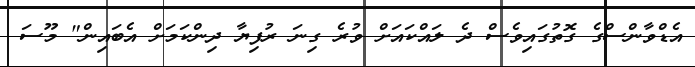
އެޑްވާންސްގެ ގޮތުގައިވެސް ދެ ލައްކައަށް ވުރެ ގިނަ ރުފިޔާ ދިންކަމަށް އެބައިން" މޫސަ